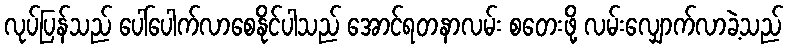
လုပ်ပြန်သည် ပေါ်ပေါက်လာစေနိုင်ပါသည် အောင်ရတနာလမ်း စတေးဖို့ လမ်းလျှောက်လာခဲ့သည်